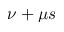
\nu + \mu s